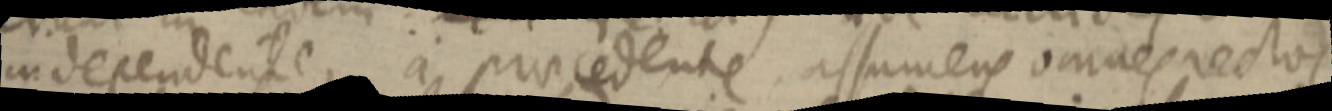
independente, a praecedente assumens omnes rectos